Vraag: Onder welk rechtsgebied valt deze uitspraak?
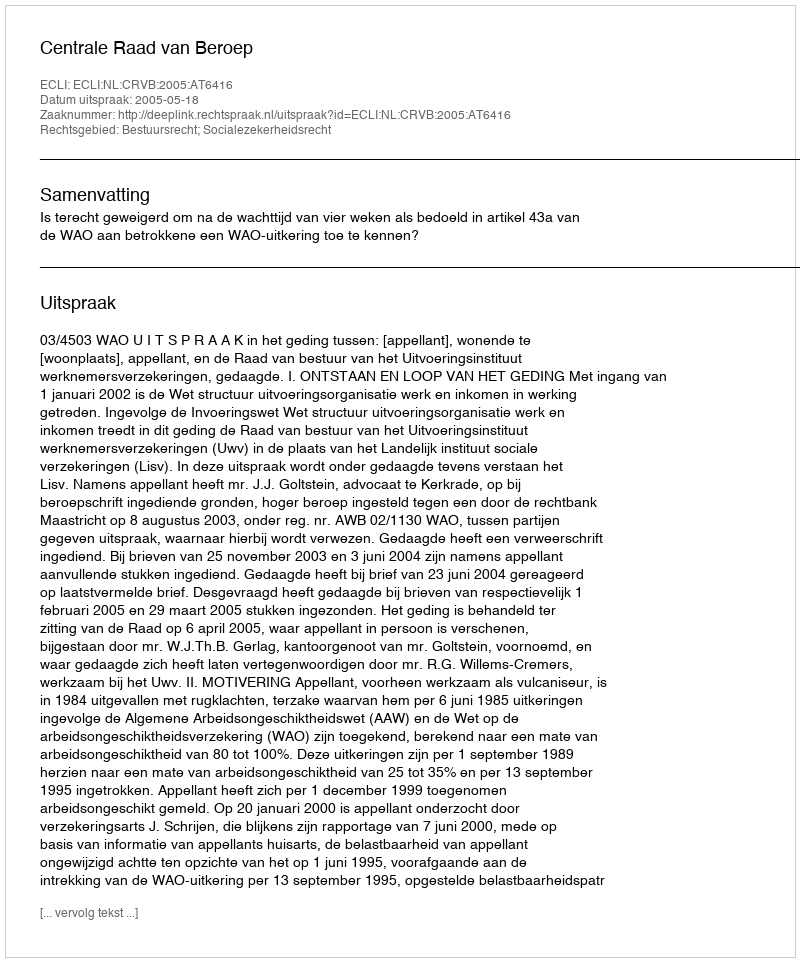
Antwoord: Bestuursrecht; Socialezekerheidsrecht